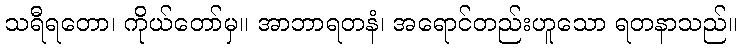
သရီရတော၊ ကိုယ်တော်မှ။ အာဘာရတနံ၊ အရောင်တည်းဟူသော ရတနာသည်။